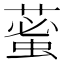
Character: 𦸞